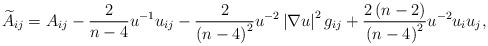
LaTeX: \begin{align*}\widetilde{A}_{ij}=A_{ij}-\frac{2}{n-4}u^{-1}u_{ij}-\frac{2}{\left(n-4\right) ^{2}}u^{-2}\left\vert \nabla u\right\vert ^{2}g_{ij}+\frac{2\left( n-2\right) }{\left( n-4\right) ^{2}}u^{-2}u_{i}u_{j}, \end{align*}